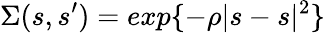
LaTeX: \Sigma(s,s^{\prime})=exp\{ -\rho|s-s|^{2}\}